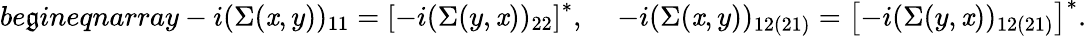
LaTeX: be\mathfrak{g}in{eqnarray}-i(\Sigma(\mathit{x},y))_{11}=\left[-i(\Sigma(y,\mathit{x}))_{22}\right]^{*},\; \; \; \; -i(\Sigma(\mathit{x},y))_{12(21)}=\left[-i(\Sigma(y,\mathit{x}))_{12(21)}\right]^{*}.